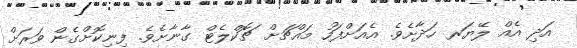
އަދި އެއް ލޭޔަރ ހަދާށެވެ. އެއަށްފަހު މައްޗަށް ޗޮކްލެޓް ގާނާށެވެ. ފިނިކޮށްގެން ވަރަށް